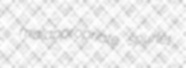
malappropriate spurlet